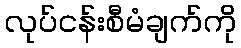
လုပ်ငန်းစီမံချက်ကို